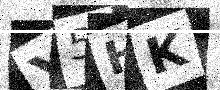
Text: Y5HK